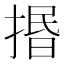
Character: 㨉